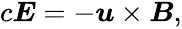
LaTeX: \begin{array}{r}{c\boldsymbol{E}=-\boldsymbol{u}\times\boldsymbol{B},}\end{array}